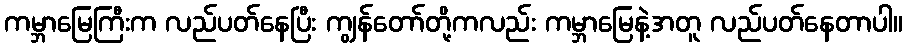
ကမ္ဘာမြေကြီးက လည်ပတ်နေပြီး ကျွန်တော်တို့ကလည်း ကမ္ဘာမြေနဲ့အတူ လည်ပတ်နေတာပါ။